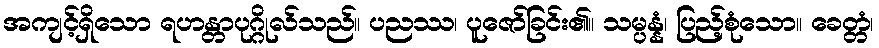
အကျင့်ရှိသော ရဟန္တာပုဂ္ဂိုလ်သည်။ ပညဿ၊ ပူဇော်ခြင်း၏။ သမ္ပန္နံ၊ ပြည့်စုံသော။ ခေတ္တံ၊